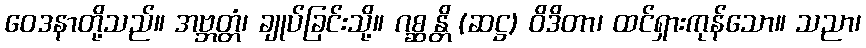
ဝေဒနာတို့သည်။ အဗ္ဘတ္တံ၊ ချုပ်ခြင်းသို့။ ဂစ္ဆန္တိ (ဆဋ္ဌ) ဝိဒိတာ၊ ထင်ရှားကုန်သော။ သညာ၊